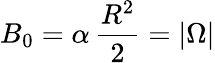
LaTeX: B_{0}=\alpha\, \frac{R^{2}}{2}=|\Omega|